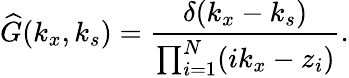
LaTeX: {\widehat{G}}(k_{x},k_{s})={\frac{\delta(k_{x}-k_{s})}{\prod_{i=1}^{N}(ik_{x}-z_{i})}}.